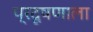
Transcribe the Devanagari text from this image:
प्रदूषणाला